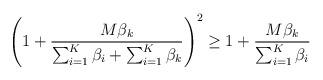
LaTeX: \begin{align*}\left(1+\frac{M\beta_{k}}{\sum_{i=1}^{K}\beta_{i}+\sum_{i=1}^{K}\beta_{k}}\right)^2\geq 1+\frac{M\beta_{k}}{\sum_{i=1}^{K}\beta_{i}}\end{align*}